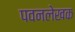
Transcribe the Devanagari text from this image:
पवनलेखक